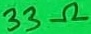
Text: 33Ω